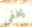
يخفي